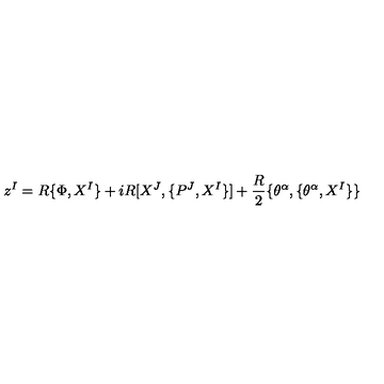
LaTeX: z ^ { I } = R \{ \Phi , X ^ { I } \} + i R [ X ^ { J } , \{ P ^ { J } , X ^ { I } \} ] + \frac { R } { 2 } \{ \theta ^ { \alpha } , \{ \theta ^ { \alpha } , X ^ { I } \} \}